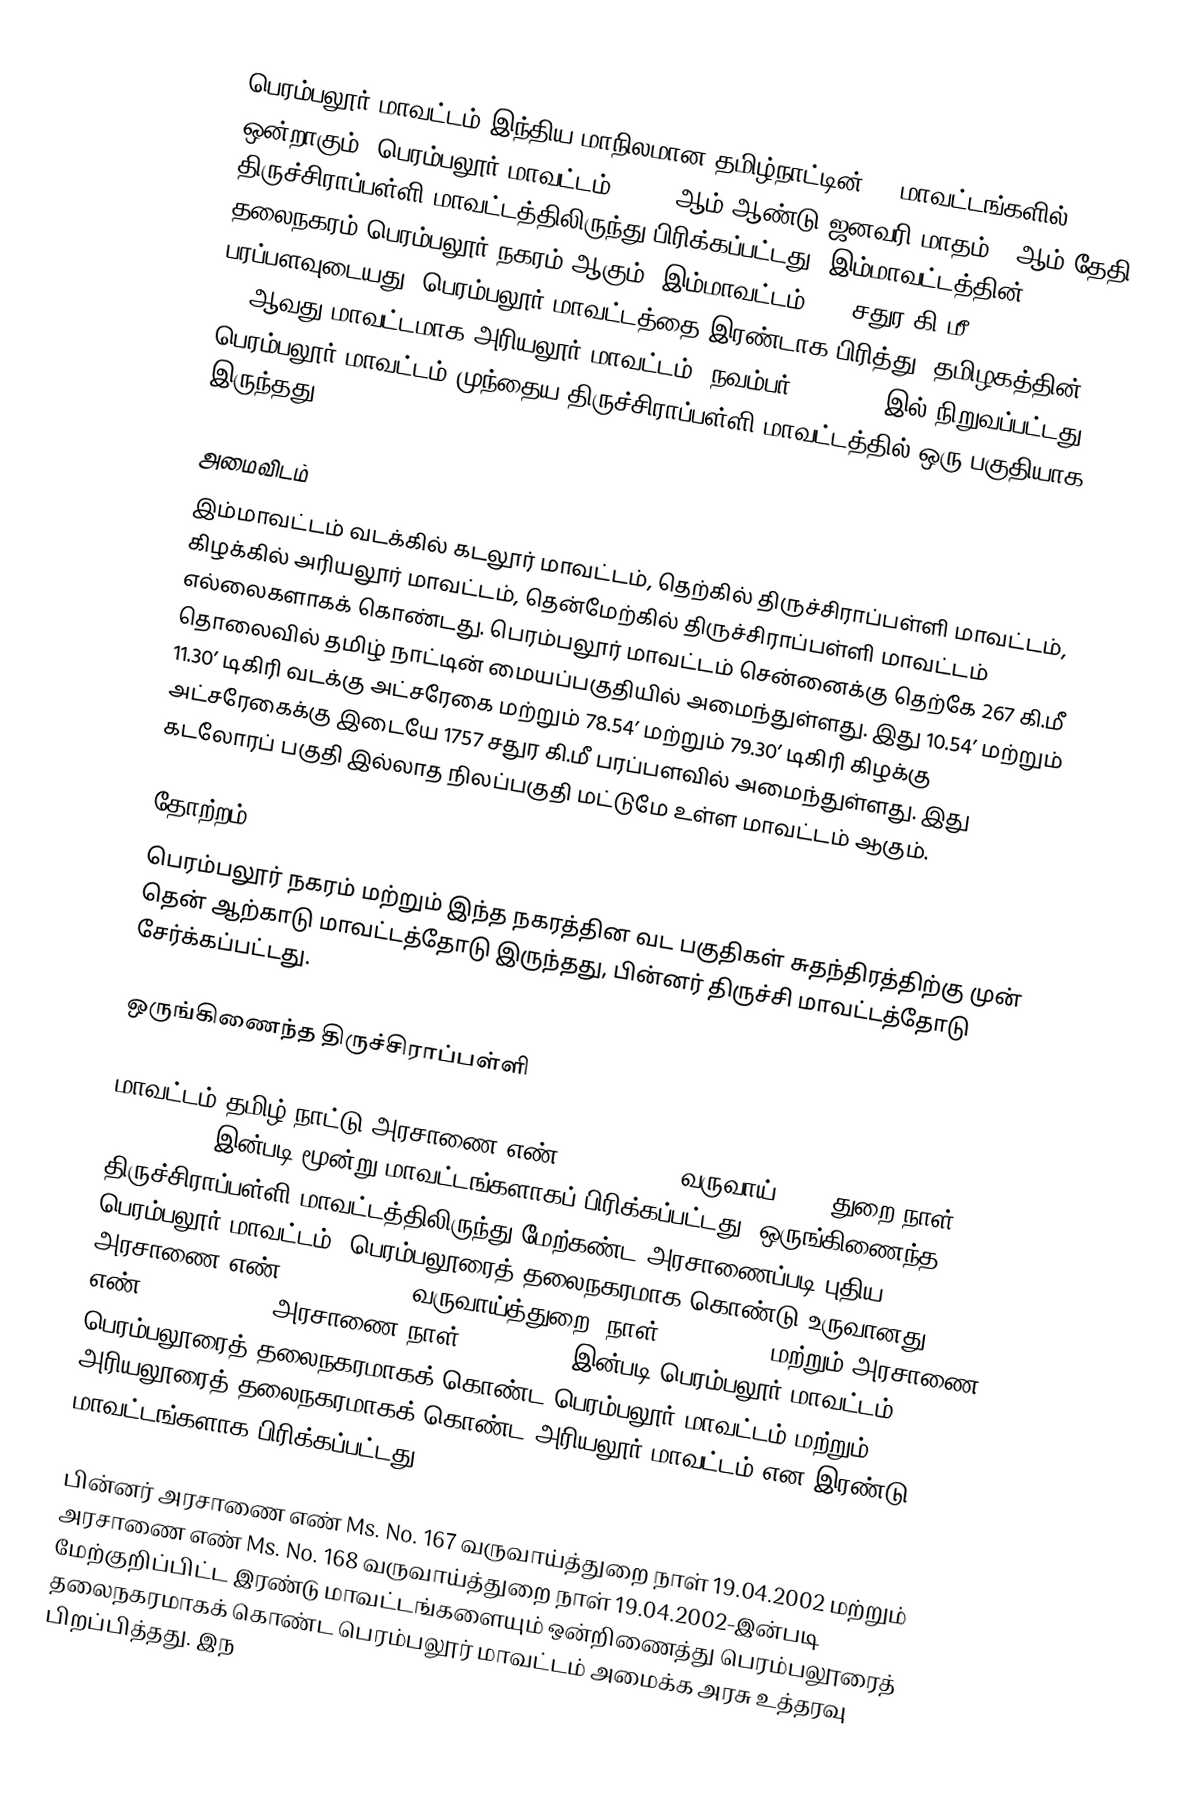
பெரம்பலூர் மாவட்டம் இந்திய மாநிலமான தமிழ்நாட்டின் 38 மாவட்டங்களில் ஒன்றாகும். பெரம்பலூர் மாவட்டம், 1995-ஆம் ஆண்டு ஜனவரி மாதம் 1-ஆம் தேதி திருச்சிராப்பள்ளி மாவட்டத்திலிருந்து பிரிக்கப்பட்டது. இம்மாவட்டத்தின் தலைநகரம் பெரம்பலூர் நகரம் ஆகும். இம்மாவட்டம் 322 சதுர கி.மீ. பரப்பளவுடையது. பெரம்பலூர் மாவட்டத்தை இரண்டாக பிரித்து, தமிழகத்தின் 31-ஆவது மாவட்டமாக அரியலூர் மாவட்டம், நவம்பர் 23, 2007-இல் நிறுவப்பட்டது. பெரம்பலூர் மாவட்டம் முந்தைய திருச்சிராப்பள்ளி மாவட்டத்தில் ஒரு பகுதியாக இருந்தது.

அமைவிடம்
இம்மாவட்டம் வடக்கில் கடலூர் மாவட்டம், தெற்கில் திருச்சிராப்பள்ளி மாவட்டம், கிழக்கில் அரியலூர் மாவட்டம், தென்மேற்கில்  திருச்சிராப்பள்ளி மாவட்டம் எல்லைகளாகக் கொண்டது. பெரம்பலூர் மாவட்டம் சென்னைக்கு தெற்கே 267 கி.மீ தொலைவில் தமிழ் நாட்டின் மையப்பகுதியில் அமைந்துள்ளது. இது 10.54’ மற்றும் 11.30’ டிகிரி வடக்கு அட்சரேகை மற்றும் 78.54’ மற்றும் 79.30’ டிகிரி கிழக்கு அட்சரேகைக்கு இடையே 1757 சதுர கி.மீ பரப்பளவில் அமைந்துள்ளது. இது கடலோரப் பகுதி இல்லாத நிலப்பகுதி மட்டுமே உள்ள மாவட்டம் ஆகும்.

தோற்றம்
பெரம்பலூர் நகரம் மற்றும் இந்த நகரத்தின வட பகுதிகள் சுதந்திரத்திற்கு முன் தென் ஆற்காடு மாவட்டத்தோடு இருந்தது, பின்னர் திருச்சி மாவட்டத்தோடு சேர்க்கப்பட்டது.

ஒருங்கிணைந்த திருச்சிராப்பள்ளி

மாவட்டம் தமிழ் நாட்டு அரசாணை எண் Ms. No. 913 வருவாய் (Y3) துறை நாள் 30.09.1995-இன்படி மூன்று மாவட்டங்களாகப் பிரிக்கப்பட்டது. ஒருங்கிணைந்த திருச்சிராப்பள்ளி மாவட்டத்திலிருந்து மேற்கண்ட அரசாணைப்படி புதிய பெரம்பலூர் மாவட்டம், பெரம்பலூரைத் தலைநகரமாக கொண்டு உருவானது. அரசாணை எண் Ms. No. 656, வருவாய்த்துறை, நாள் 29.12.2000 மற்றும் அரசாணை எண் Ms. No. 657, அரசாணை நாள் 29.12.2000-இன்படி பெரம்பலூர் மாவட்டம் பெரம்பலூரைத் தலைநகரமாகக் கொண்ட பெரம்பலூர் மாவட்டம் மற்றும் அரியலூரைத் தலைநகரமாகக் கொண்ட அரியலூர் மாவட்டம் என இரண்டு மாவட்டங்களாக பிரிக்கப்பட்டது.

பின்னர் அரசாணை எண் Ms. No. 167 வருவாய்த்துறை நாள் 19.04.2002 மற்றும் அரசாணை எண் Ms. No. 168 வருவாய்த்துறை நாள் 19.04.2002-இன்படி மேற்குறிப்பிட்ட இரண்டு மாவட்டங்களையும் ஒன்றிணைத்து பெரம்பலூரைத் தலைநகரமாகக் கொண்ட பெரம்பலூர் மாவட்டம் அமைக்க அரசு உத்தரவு பிறப்பித்தது. இந